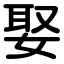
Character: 娶